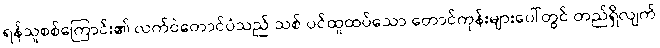
ရန်သူစစ်ကြောင်း၏ လက်ဝဲတောင်ပံသည် သစ် ပင်ထူထပ်သော တောင်ကုန်းများပေါ်တွင် တည်ရှိလျက်